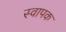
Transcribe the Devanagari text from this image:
स्‍वापक